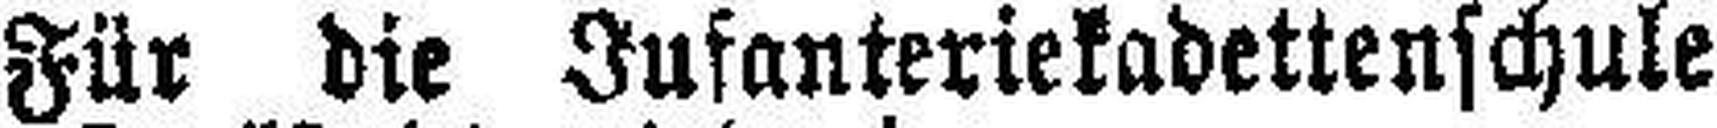
Für die Infanteriekadettenschule